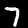
Label: 7